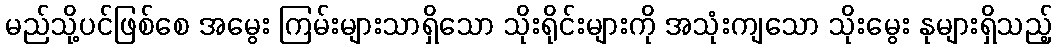
မည်သို့ပင်ဖြစ်စေ အမွေး ကြမ်းများသာရှိသော သိုးရိုင်းများကို အသုံးကျသော သိုးမွေး နုများရှိသည့်